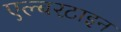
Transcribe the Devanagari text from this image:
एल्बरटाइन